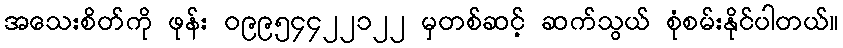
အသေးစိတ်ကို ဖုန်း ၀၉၉၅၄၄၂၂၁၂၂ မှတစ်ဆင့် ဆက်သွယ် စုံစမ်းနိုင်ပါတယ်။